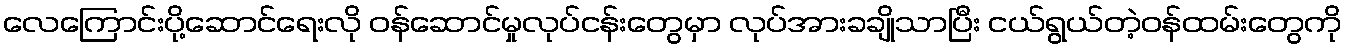
လေကြောင်းပို့ဆောင်ရေးလို ဝန်ဆောင်မှုလုပ်ငန်းတွေမှာ လုပ်အားခချိုသာပြီး ငယ်ရွယ်တဲ့ဝန်ထမ်းတွေကို